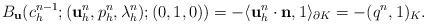
\begin{align*}\begin{aligned}B_\mathbf{u}(c_h^{n-1};(\mathbf{u}_h^{n},p_h^{n},\lambda_h^{n});(0,1,0))=-\langle\mathbf{u}_h^{n}\cdot\mathbf{n},1\rangle_{\partial K}=-(q^{n},1)_{K}.\\\end{aligned}\end{align*}